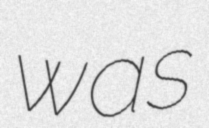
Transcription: was